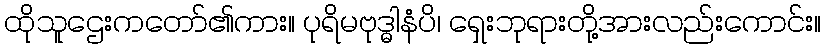
ထိုသူဌေးကတော်၏ကား။ ပုရိမဗုဒ္ဓါနံပိ၊ ရှေးဘုရားတို့အားလည်းကောင်း။